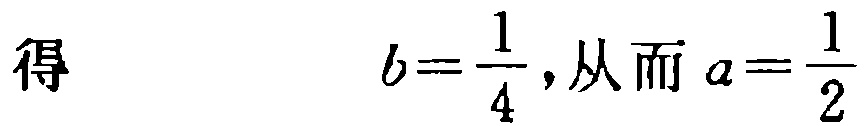
得 \[b = \frac{1}{4}, 从而 a = \frac{1}{2}\]